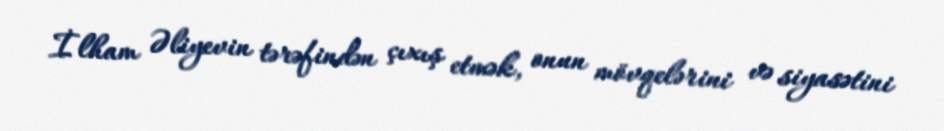
İlham Əliyevin tərəfindən çıxış etmək, onun mövqelərini və siyasətini